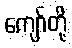
ကျော်တို့